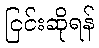
ငြင်းဆိုရန်